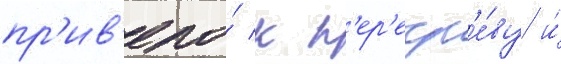
пр'ив'ело́ к п'ер'егр'е́ву и́